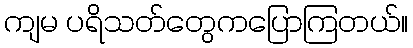
ကျမ ပရိသတ်တွေကပြောကြတယ်။